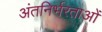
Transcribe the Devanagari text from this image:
अंतनिर्भरताओं